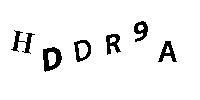
HDDR9A